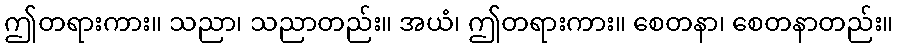
ဤတရားကား။ သညာ၊ သညာတည်း။ အယံ၊ ဤတရားကား။ စေတနာ၊ စေတနာတည်း။